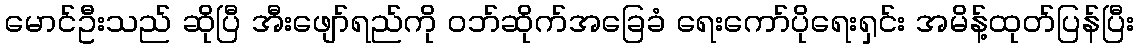
မောင်ဦးသည် ဆိုပြီ အီးဖျော်ရည်ကို ဝဘ်ဆိုက်အခြေခံ ရေးကော်ပိုရေးရှင်း အမိန့်ထုတ်ပြန်ပြီး